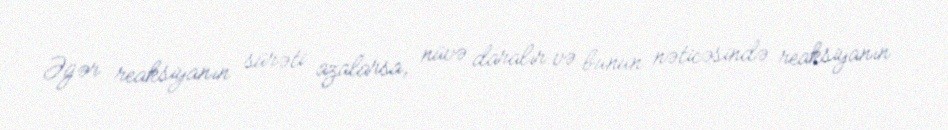
Əgər reaksiyanın sürəti azalarsa, nüvə daralır və bunun nəticəsində reaksiyanın